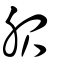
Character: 服